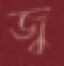
জ্ব